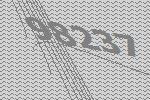
98237